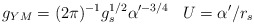
\begin{align*}g_{YM}=(2\pi)^{-1}g_s^{1/2}\alpha^{\prime-3/4}\;\;\;U=\alpha^{\prime}/r_s\end{align*}